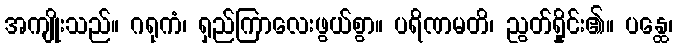
အကျိုးသည်။ ဂရုကံ၊ ရှည်ကြာလေးဖွယ်စွာ။ ပရိဏမတိ၊ ညွတ်ရှိုင်း၏။ ပန္ထေ၊